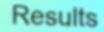
Results